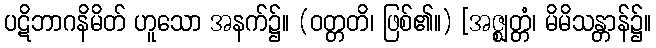
ပဋိဘာဂနိမိတ် ဟူသော အနက်၌။ (ဝတ္တတိ၊ ဖြစ်၏။) [အဇ္ဈတ္တံ၊ မိမိသန္တာန်၌။